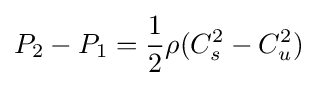
P_{2}-P_{1}={\frac {1}{2}}\rho (C_{s}^{2}-C_{u}^{2})